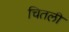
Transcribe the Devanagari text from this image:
चितली